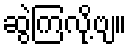
ဆွဲကြလို့ဗျ။